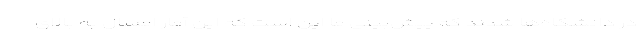
در دانشگاه‌ها شدند که پیش‌بینی ما این است که این آمار امسال به بالای